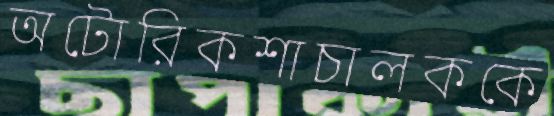
অটোরিকশাচালককে